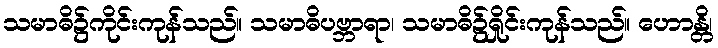
သမာဓိ၌ကိုင်းကုန်သည်။ သမာဓိပဗ္ဘာရာ၊ သမာဓိ၌ရှိုင်းကုန်သည်။ ဟောန္တိ၊